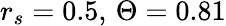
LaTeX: r_{s}=0.5,\, \Theta=0.81